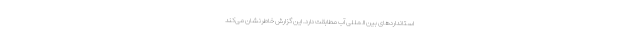
استاندارد‌های بین المللی آب مطابقت دارد. این گزارش خاطرنشان می‌کند